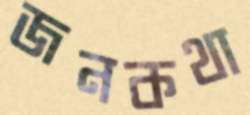
জনকথা